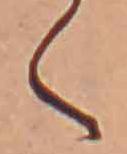
く